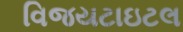
વિજયટાઇટલ